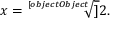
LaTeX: x = { \sqrt [ [object Object] ] { 2 } } .